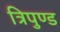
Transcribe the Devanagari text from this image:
त्रिपुण्ड